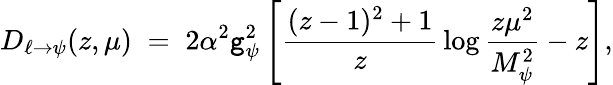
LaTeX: D_{\ell\to\psi}(z,\mu)\; =\; 2\alpha^{2}\mathtt{g}_{\psi}^{2}\left[{\frac{{(z-1)^{2}+1}}{{z}}}\log{\frac{{z\mu^{2}}}{{M_{\psi}^{2}}}}-z\right],